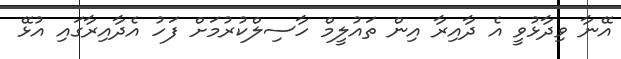
އޭނާ ވިދާޅުވީ އެ ދާއިރާ އިން ތައުލީމް ހާސިލްކުރުމަށް ފަހު އެދާއިރާގައި އުޅޭ